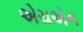
એચએન